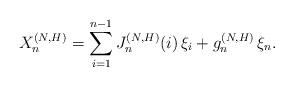
LaTeX: \begin{align*}X_n^{(N,H)}=\sum\limits_{i=1}^{n-1}J_n^{(N,H)}(i)\,\xi_i+g_n^{(N,H)}\,\xi_n.\end{align*}